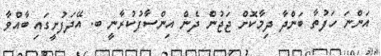
އަންނަ ހަފުތާ ބަންދާ ދިމާކޮށް ޖަޖުން ދެން އިންސާފުކުރާނީ ބ. އޭދަފުށީގައި ބާއްވާ